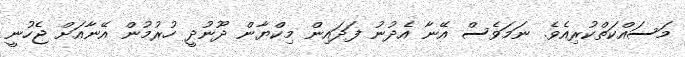
މަސައްކަތްކުރިއެވެ. ނަމަވެސް އޭނާ އެދުނު ފަދައިން މިކްޔާން ދޫނުދީ ހުރުމުން އޭނާއަށް ޖެހުނީ